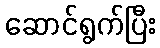
ဆောင်ရွက်ပြီး